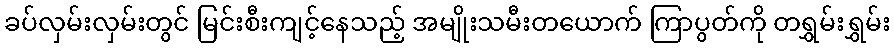
ခပ်လှမ်းလှမ်းတွင် မြင်းစီးကျင့်နေသည့် အမျိုးသမီးတယောက် ကြာပွတ်ကို တရွှမ်းရွှမ်း